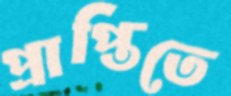
প্রাপ্তিতে